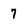
Character: 7